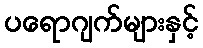
ပရောဂျက်များနှင့်